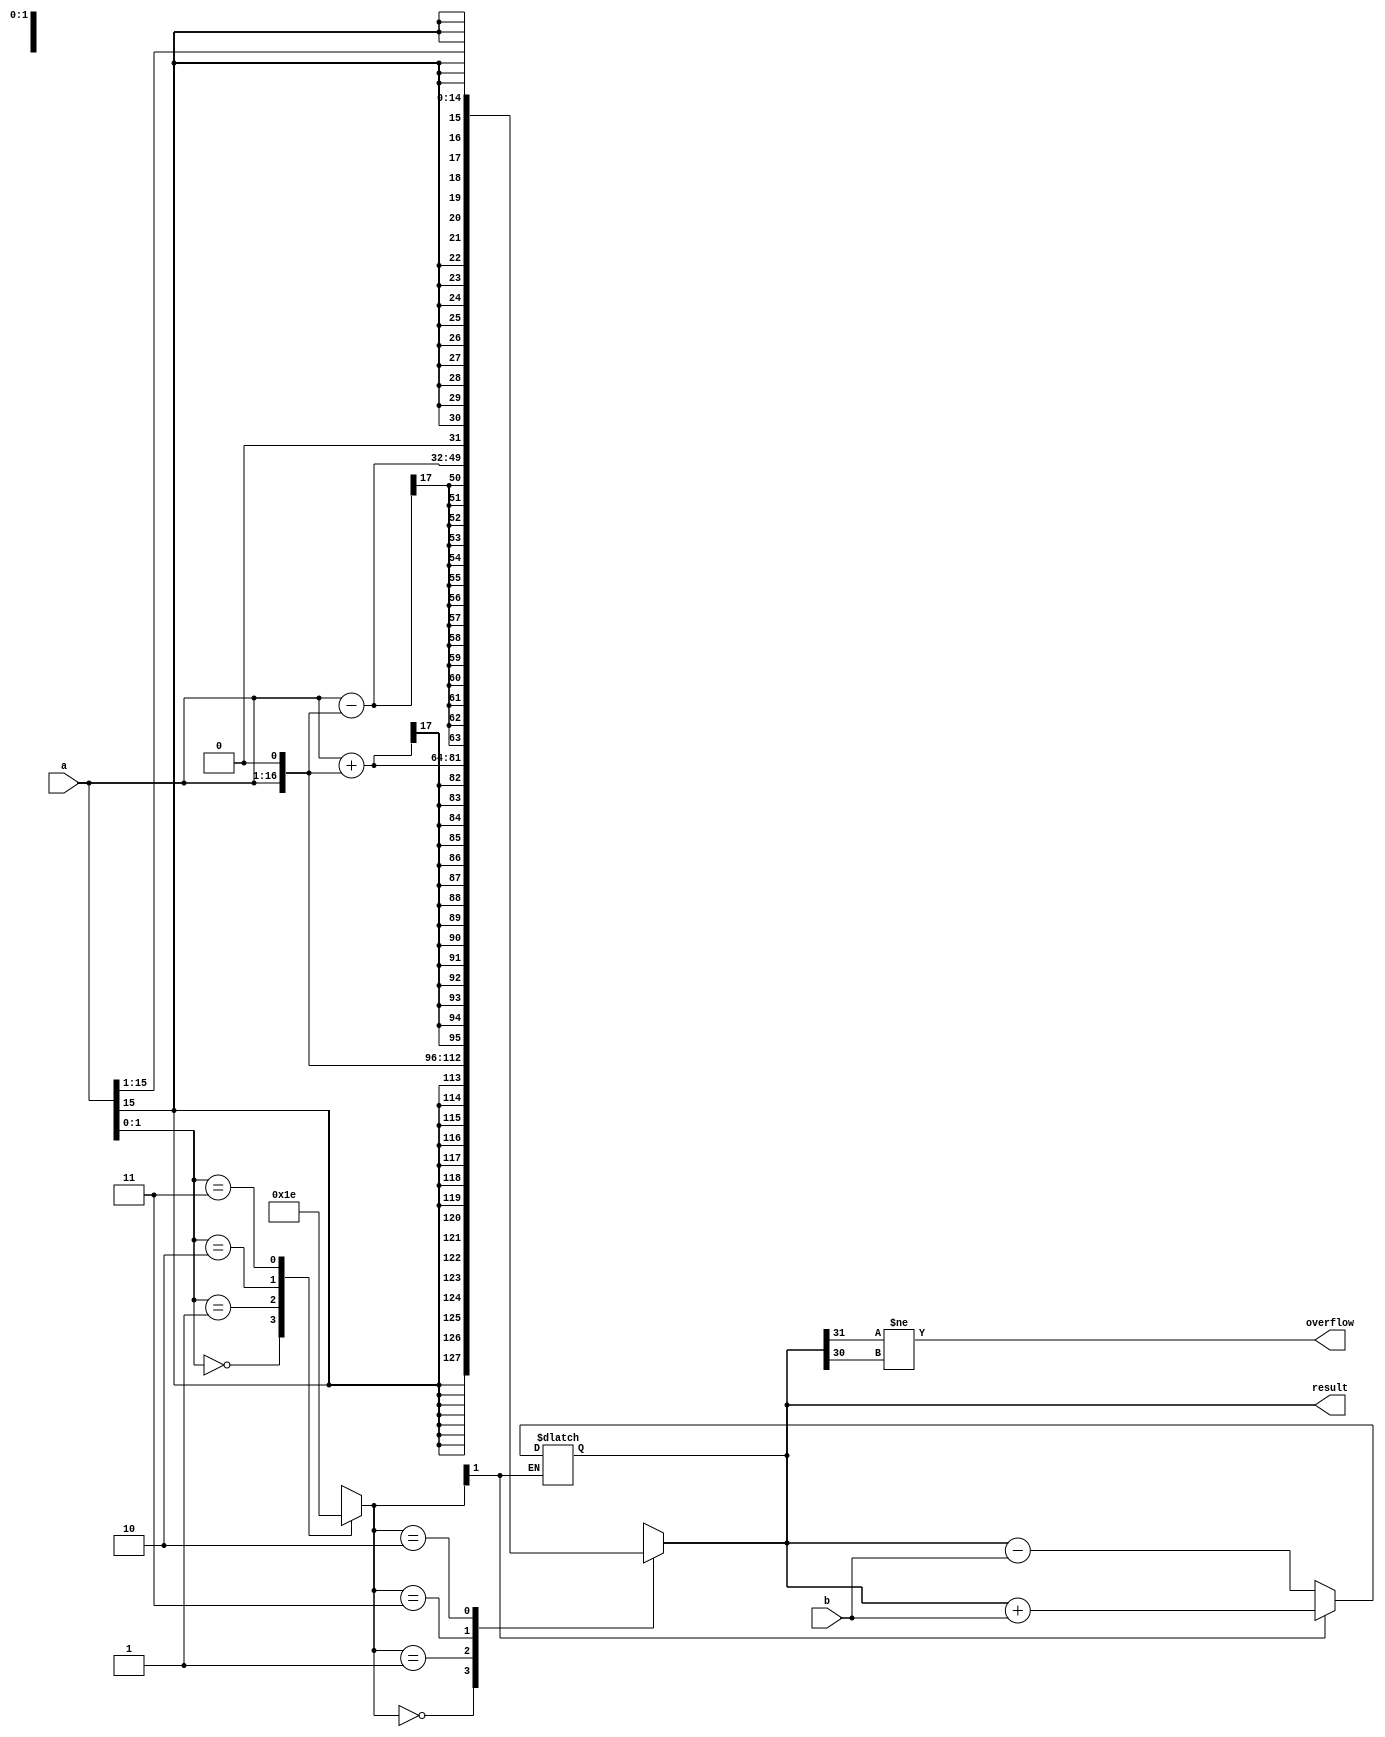
module booth_multiplier (
    input signed [15:0] a,
    input signed [15:0] b,
    output signed [31:0] result,
    output overflow
);

reg signed [31:0] mult_result;
reg overflow;

// Booth Encoder
reg [1:0] booth_enc; // 2-bit encoder
always @* begin
    case (a[1:0])
        2'b00: booth_enc = 2'b00;
        2'b01: booth_enc = 2'b01;
        2'b10: booth_enc = 2'b11;
        2'b11: booth_enc = 2'b10;
        default: booth_enc = 2'b00;
    endcase
end

// Booth Multiplier
always @* begin
    case (booth_enc)
        2'b00: mult_result = a << 1;
        2'b01: mult_result = a + (a << 1);
        2'b11: mult_result = a - (a << 1);
        2'b10: mult_result = a >> 1;
        default: mult_result = 0;
    endcase
end

// Arithmetic Blocks
always @* begin
    if (booth_enc[1] == 1)
        mult_result = mult_result + b; // add
    else if (booth_enc[1] == 2)
        mult_result = mult_result - b; // subtract
end

// Overflow Detection
assign overflow = (mult_result[31] != mult_result[30]);

assign result = mult_result;

endmodule